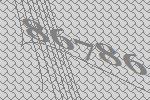
86786